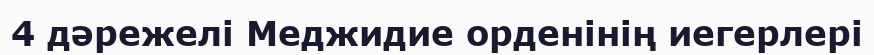
4 дәрежелі Меджидие орденінің иегерлері